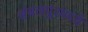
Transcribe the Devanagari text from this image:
संबलपूरमध्ये